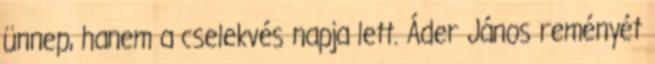
ünnep, hanem a cselekvés napja lett. Áder János reményét